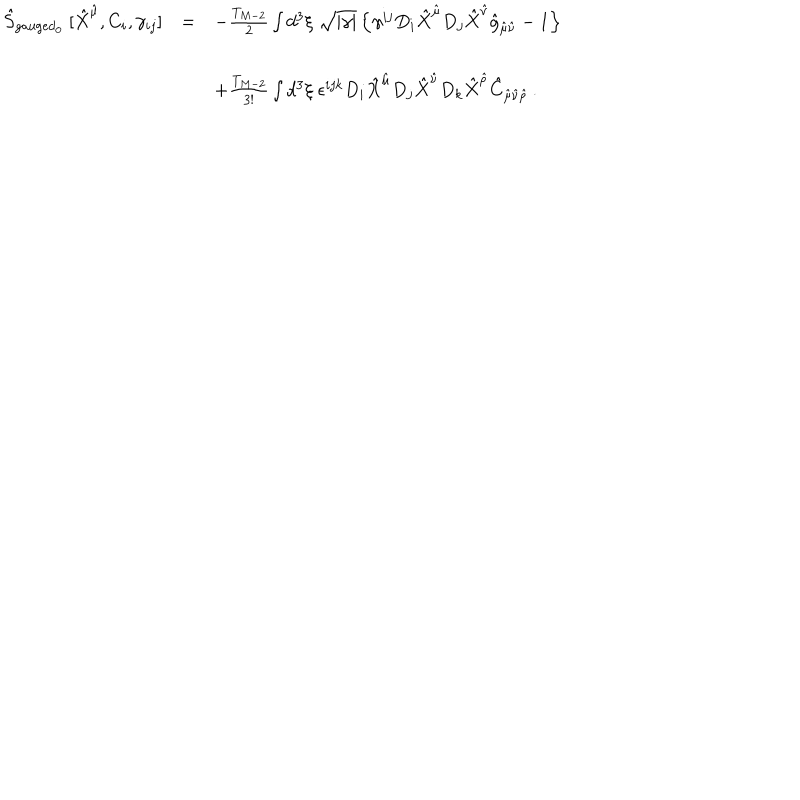
\begin{array} { r c l } { { \hat { S } _ { \mathrm { g a u g e d } _ { 0 } } \ [ \hat { X } ^ { \hat { \mu } } , C _ { i } , \gamma _ { i j } ] } } & { { = } } & { { - \frac { T _ { M - 2 } } { 2 } \int d ^ { 3 } \xi \ \sqrt { | \gamma | } \left\{ \gamma ^ { i j } D _ { i } \hat { X } ^ { \hat { \mu } } D _ { j } \hat { X } ^ { \hat { \nu } } \hat { g } _ { \hat { \mu } \hat { \nu } } - 1 \right\} } } \\ { { } } & { { } } & { { } } \\ { { } } & { { } } & { { + \frac { T _ { M - 2 } } { 3 ! } \int d ^ { 3 } \xi \ \epsilon ^ { i j k } D _ { i } \hat { X } ^ { \hat { \mu } } D _ { j } \hat { X } ^ { \hat { \nu } } D _ { k } \hat { X } ^ { \hat { \rho } } \hat { C } _ { \hat { \mu } \hat { \nu } \hat { \rho } } \, . } } \\ \end{array}